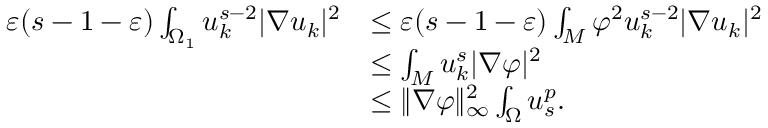
\begin{array} { r l } { \varepsilon ( s - 1 - \varepsilon ) \int _ { \Omega _ { 1 } } u _ { k } ^ { s - 2 } | \nabla u _ { k } | ^ { 2 } } & { \leq \varepsilon ( s - 1 - \varepsilon ) \int _ { M } \varphi ^ { 2 } u _ { k } ^ { s - 2 } | \nabla u _ { k } | ^ { 2 } } \\ & { \leq \int _ { M } u _ { k } ^ { s } | \nabla \varphi | ^ { 2 } } \\ & { \leq \| \nabla \varphi \| _ { \infty } ^ { 2 } \int _ { \Omega } u _ { s } ^ { p } . } \end{array}